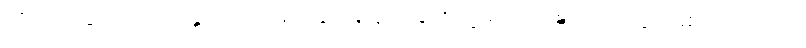
တိုင်ပင်ခြင်း, ကိုယ် နှုတ် ထိပါး၍ ခိုက်ရန်ပြုခြင်းတို့ဖြင့်။ ဝိဝဍ္ဎိတံ၊ တိုးပွားစေအပ်သော။